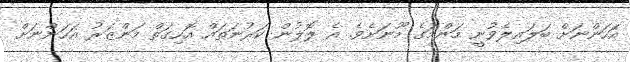
އަހަންނަށް ބަލައިލެވުނީ މަންމަގެ މޫނަށެވެ. އެ ލޮލުން ކަރުނަތައް އޮހިގަތް މަންޒަރު އަހަންނަށް